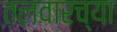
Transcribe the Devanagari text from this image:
तलवारच्या